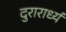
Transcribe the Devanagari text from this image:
दुरारार्ध्य